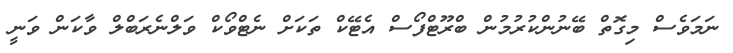
ނަމަވެސް މިގޮތް ބޭނުންކުރުމުން ބްރޫޓްފޯސް އެޓޭކް ތަކަށް ނެޓްވޯކް ވަލްނެރަބްލް ވާކަން ވަނީ